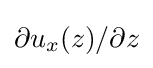
\partial u_{x}(z)/\partial z